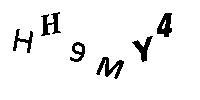
HH9MY4